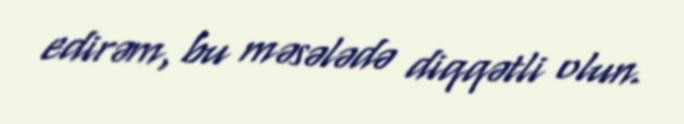
edirəm, bu məsələdə diqqətli olun.